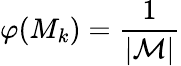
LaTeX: \varphi(M_{k})=\frac{1}{|\mathcal{M}|}